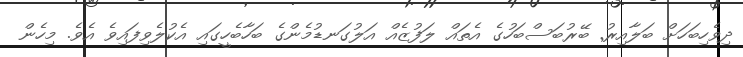
ދިވެހިބަހަށް ބަލާއިރު